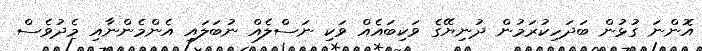
އޮންނަ ގުޅުން ބަދަހިކުރަމުން ދުނިޔޭގެ ވަކިބައެއް ވަކި ނަސްލެއް ނުބަލައި އެންމެންނާއި މެދުވެސް